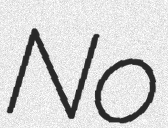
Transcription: No